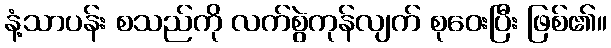
နံ့သာပန်း စသည်ကို လက်စွဲကုန်လျက် စုဝေးပြီး ဖြစ်၏။